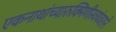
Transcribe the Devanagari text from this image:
एकनाथांच्यारुक्मिणीस्वयंवराने